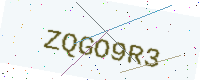
Text: ZQGO9R3